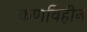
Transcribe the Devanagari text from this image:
कणविहीन